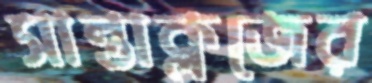
সান্তাক্লজের